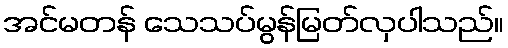
အင်မတန် သေသပ်မွန်မြတ်လှပါသည်။